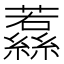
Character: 𮉔